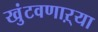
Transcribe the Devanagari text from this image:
खुंटवणाऱ्या